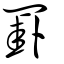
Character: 罫